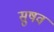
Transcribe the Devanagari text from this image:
सुषव